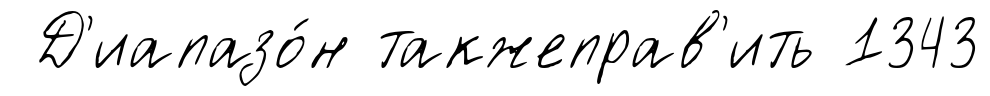
Д'иапазо́н такжеправ'ить 1343